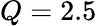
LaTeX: Q=2.5